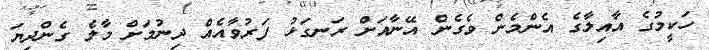
ހަކީމުގެ އާއިލާގެ އެންމެން ވެގެން އޭނާއަށް ރަނގަޅު ފަރުވާއެއް ދިނުމަށް މާލެ ގެންދިޔަ